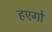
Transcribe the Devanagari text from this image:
हएगो